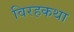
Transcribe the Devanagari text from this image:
विरहकथा